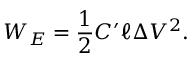
W _ { E } = \frac { 1 } { 2 } C ^ { \prime } \ell \Delta V ^ { 2 } .